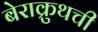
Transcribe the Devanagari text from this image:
बेराक्रुथची